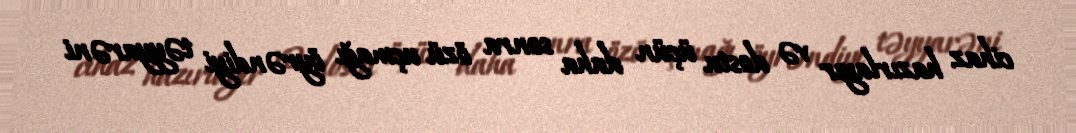
cihaz hazırlayır və dostu üçün daha sonra özü uçmağı öyrəndiyi təyyarəni